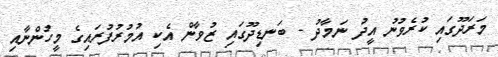
މަރަދޫގައި ކުރެވުނު އީދު ނަމާދު - ބަނޑިދޫގައި ޒުވާން އެކި އުމުރުފުރައިގެ މީހުންނާއި